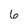
Character: 6